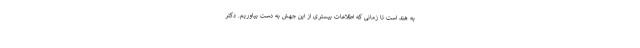
به هند است تا زمانی که اطلاعات بیستری از این جهش به دست بیاوریم. دکتر